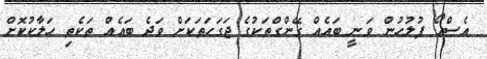
އެސްއޯ ފުލުހުން ވަނީ ބައެއް ގޭންގްތަކުގެ ޖަގަހަތަކަށް ވަދެ ބައެއް ތަކެތި ހަލާކުކޮށް